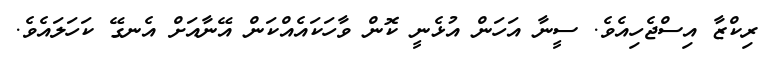
ރިކްޒާ އިސްޖެހިއެވެ. ސީނާ އަހަން އުޅެނީ ކޮން ވާހަކައެއްކަން އޭނާއަށް އެނގޭ ކަހަލައެވެ.